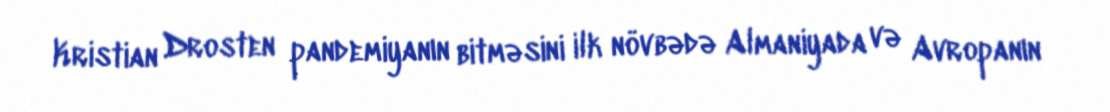
Kristian Drosten pandemiyanın bitməsini ilk növbədə Almaniyada və Avropanın